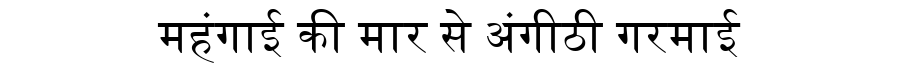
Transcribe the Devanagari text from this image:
महंगाई की मार से अंगीठी गरमाई